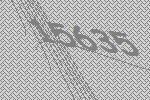
15635